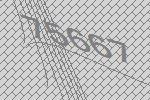
75667